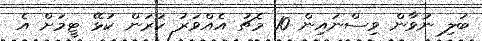
ބަލި ނުވާން ވިސްނައިން 10 މެޗު އެއްވަރު ކުރަން ކުޅޭ ޓީމަށް އެ